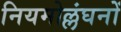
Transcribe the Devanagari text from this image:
नियमोल्लंघनों